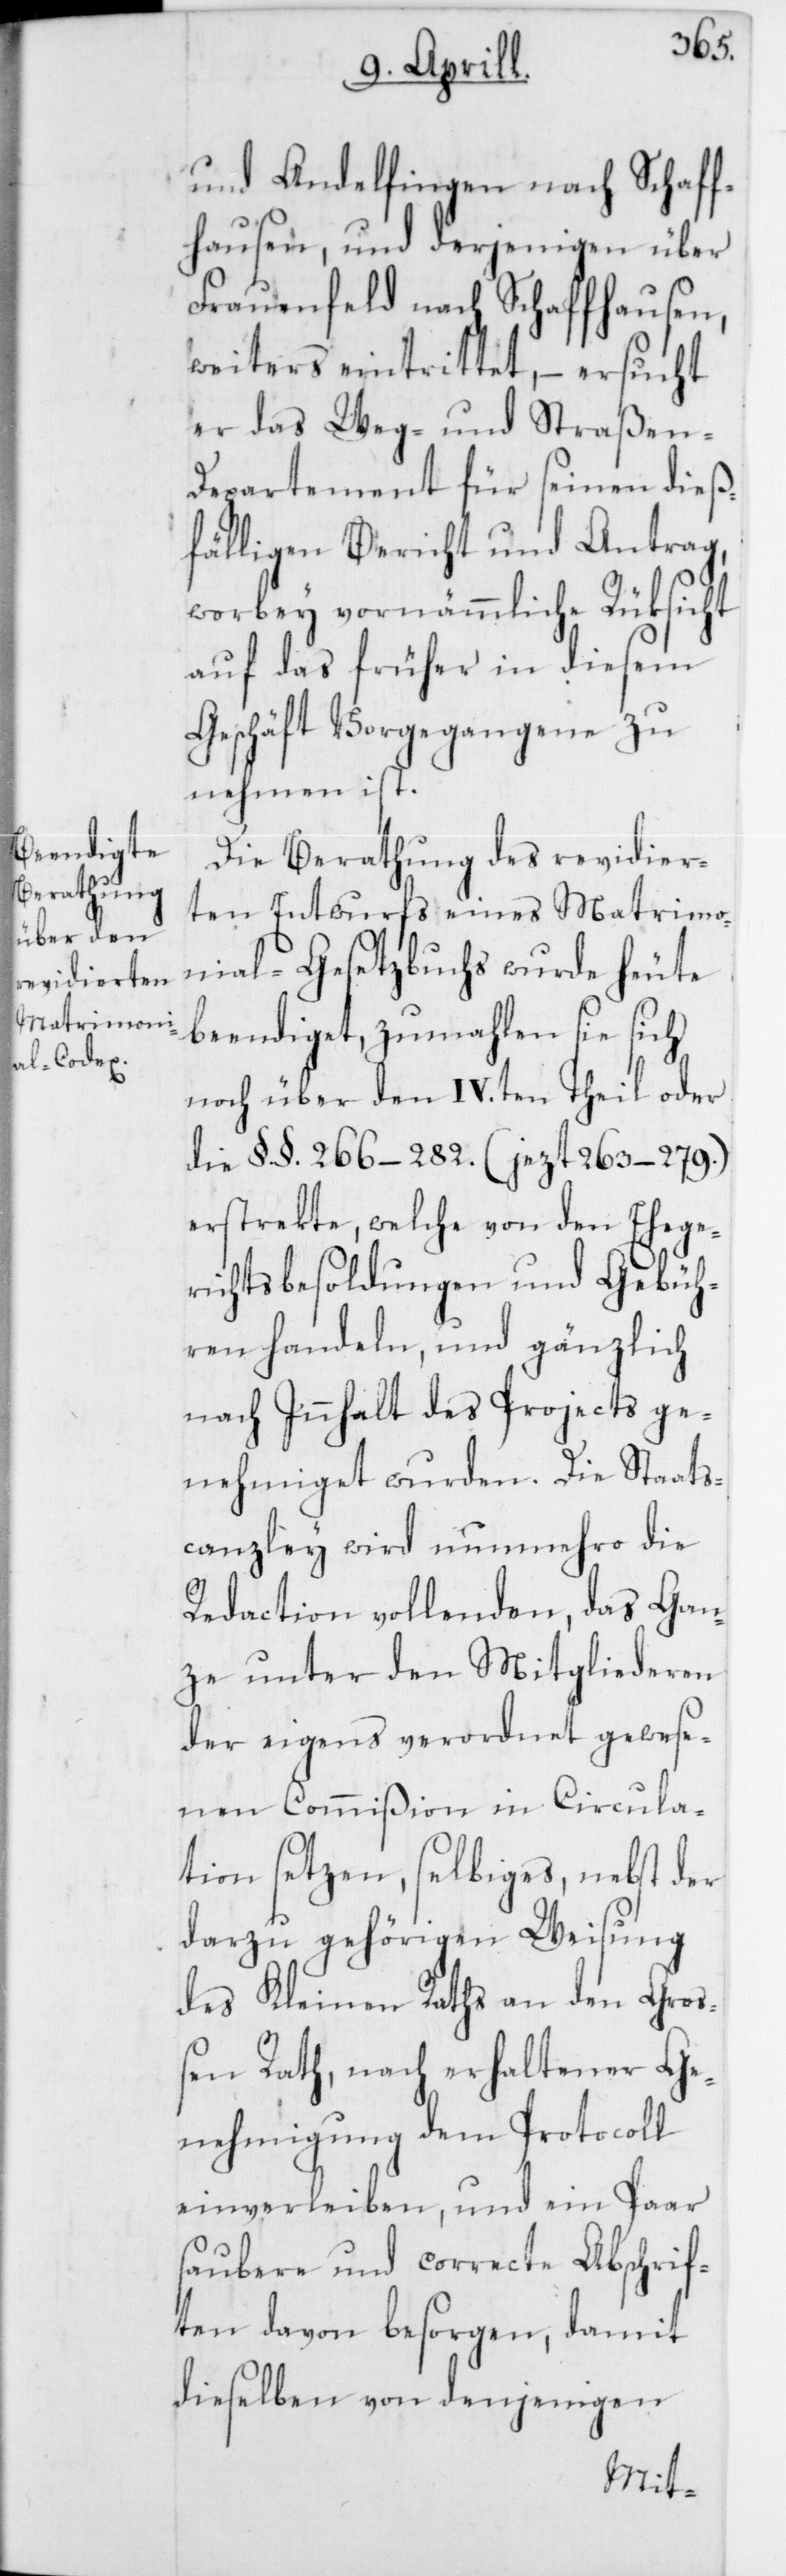
und Andelfingen nach Schaff¬
hausen, und derjenigen über
Frauenfeld nach Schaffhausen,
weiters eintrittet, – ersucht
er das Weg- und Straßen-D¬
epartement für seinen dieß¬
fälligen Bericht und Antrag,
worbey vornämmliche Rüksicht
auf das früher in diesem
Geschäft Vorgegangene zu
nehmen ist.
Die Berathung des revidier¬
ten Entwurfs eines Matrimo¬
nial-Gesetzbuchs wurde heute
beendiget, zumahlen sie sich
noch über den IV.ten Theil oder
die §. §. 266 – 282. (jezt 263 – 279.)
erstrekte, welche von den Ehege¬
richtsbesoldungen und Gebüh¬
ren handeln, und gänzlich
nach Innhalt des Projects ge¬
nehmiget wurden. Die Staats¬
canzley wird nunmehro die
Redaction vollenden, das Gan¬
ze unter den Mitgliederen
der eigens verordnet gewese¬
nen Commißion in Circula¬
tion setzen, selbiges, nebst der
darzu gehörigen Weisung
des Kleinen Raths an den Groß¬
en Rath, nach erhaltener Ge¬
nehmigung dem Protocoll
einverleiben, und ein Paar
saubere und correcte Abschrif¬
ten davon besorgen, damit
dieselben von denjenigen